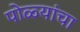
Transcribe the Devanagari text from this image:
पोळ्यांचा